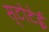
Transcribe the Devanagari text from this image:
स्टोटेई